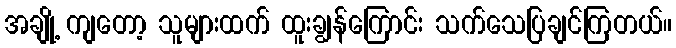
အချို့ ကျတော့ သူများထက် ထူးချွန်ကြောင်း သက်သေပြချင်ကြတယ်။